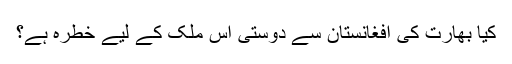
کیا بھارت کی افغانستان سے دوستی اس ملک کے لیے خطرہ ہے؟